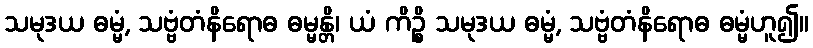
သမုဒယ ဓမ္မံ, သဗ္ဗံတံနိရောဓ ဓမ္မန္တိ၊ ယံ ကိဉ္စိ သမုဒယ ဓမ္မံ, သဗ္ဗံတံနိရောဓ ဓမ္မံဟူ၍။